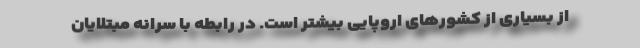
از بسیاری از کشورهای اروپایی بیشتر است. در رابطه با سرانه مبتلایان